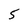
Character: 5